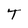
Character: T